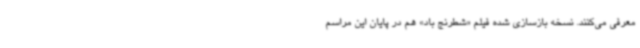
معرفی می‌کنند. نسخه بازسازی شده فیلم «شطرنج باد» هم در پایان این مراسم